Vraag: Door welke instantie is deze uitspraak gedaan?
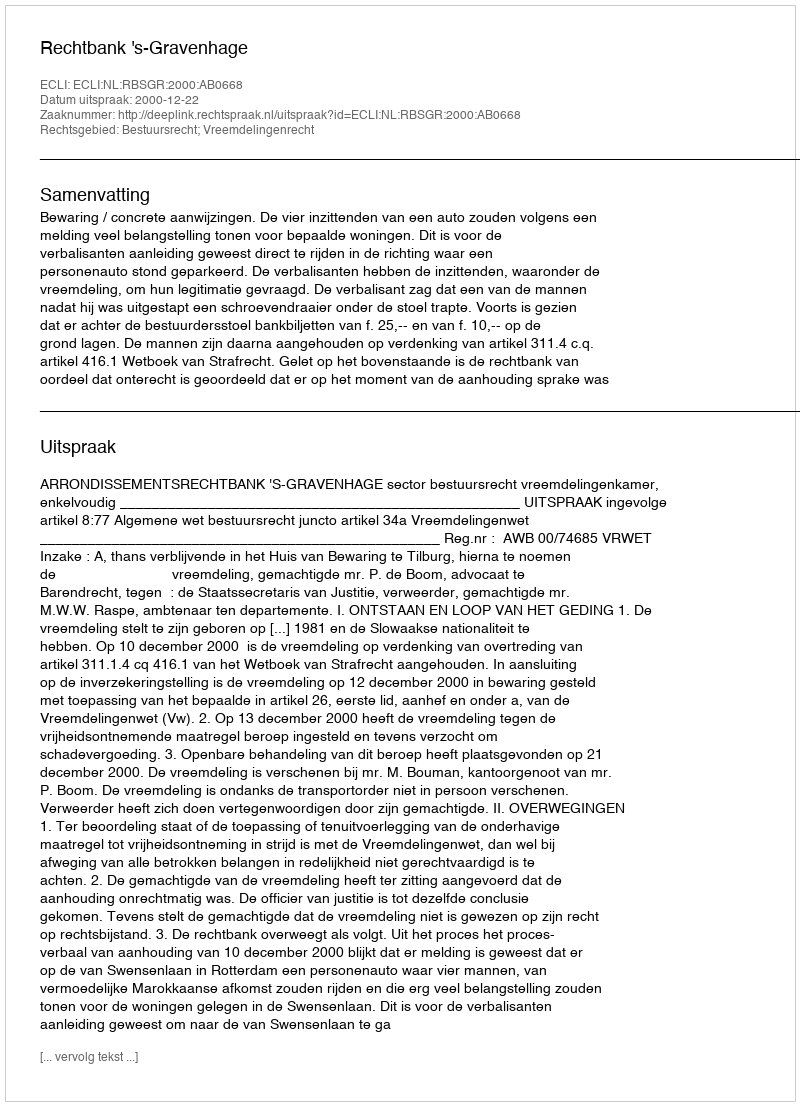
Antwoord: Rechtbank 's-Gravenhage